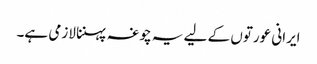
ایرانی عورتوں کے لیے یہ چوغہ پہننا لازمی ہے۔